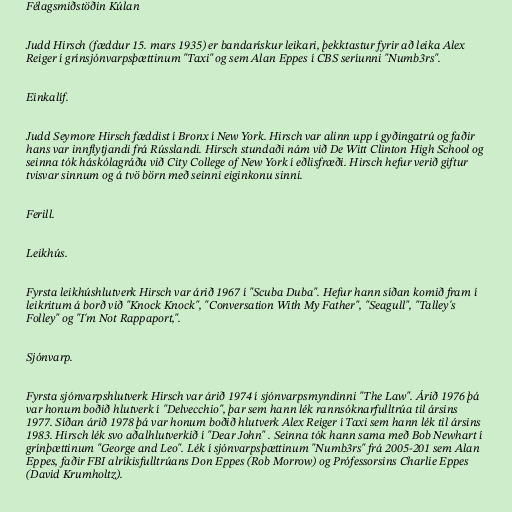
Félagsmiðstöðin Kúlan

Judd Hirsch (fæddur 15. mars 1935) er bandarískur leikari, þekktastur fyrir að leika Alex
Reiger í grínsjónvarpsþættinum "Taxi" og sem Alan Eppes í CBS seríunni "Numb3rs".

Einkalíf.

Judd Seymore Hirsch fæddist í Bronx í New York. Hirsch var alinn upp í gyðingatrú og faðir
hans var innflytjandi frá Rússlandi. Hirsch stundaði nám við De Witt Clinton High School og
seinna tók háskólagráðu við City College of New York í eðlisfræði. Hirsch hefur verið giftur
tvisvar sinnum og á tvö börn með seinni eiginkonu sinni.

Ferill.

Leikhús.

Fyrsta leikhúshlutverk Hirsch var árið 1967 í "Scuba Duba". Hefur hann síðan komið fram í
leikritum á borð við "Knock Knock", "Conversation With My Father", "Seagull", "Talley's
Folley" og "I'm Not Rappaport,".

Sjónvarp.

Fyrsta sjónvarpshlutverk Hirsch var árið 1974 í sjónvarpsmyndinni "The Law". Árið 1976 þá
var honum boðið hlutverk í "Delvecchio", þar sem hann lék rannsóknarfulltrúa til ársins
1977. Síðan árið 1978 þá var honum boðið hlutverk Alex Reiger í Taxi sem hann lék til ársins
1983. Hirsch lék svo aðalhlutverkið í "Dear John" . Seinna tók hann sama með Bob Newhart í
grínþættinum "George and Leo". Lék í sjónvarpsþættinum "Numb3rs" frá 2005-201 sem Alan
Eppes, faðir FBI alríkisfulltrúans Don Eppes (Rob Morrow) og Prófessorsins Charlie Eppes
(David Krumholtz).